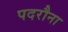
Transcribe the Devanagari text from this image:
पदरौना